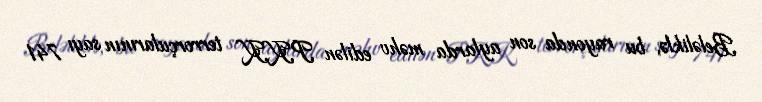
Beləliklə, bu rayonda son aylarda məhv edilən PKK terrorçularının sayı 741